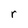
Character: r